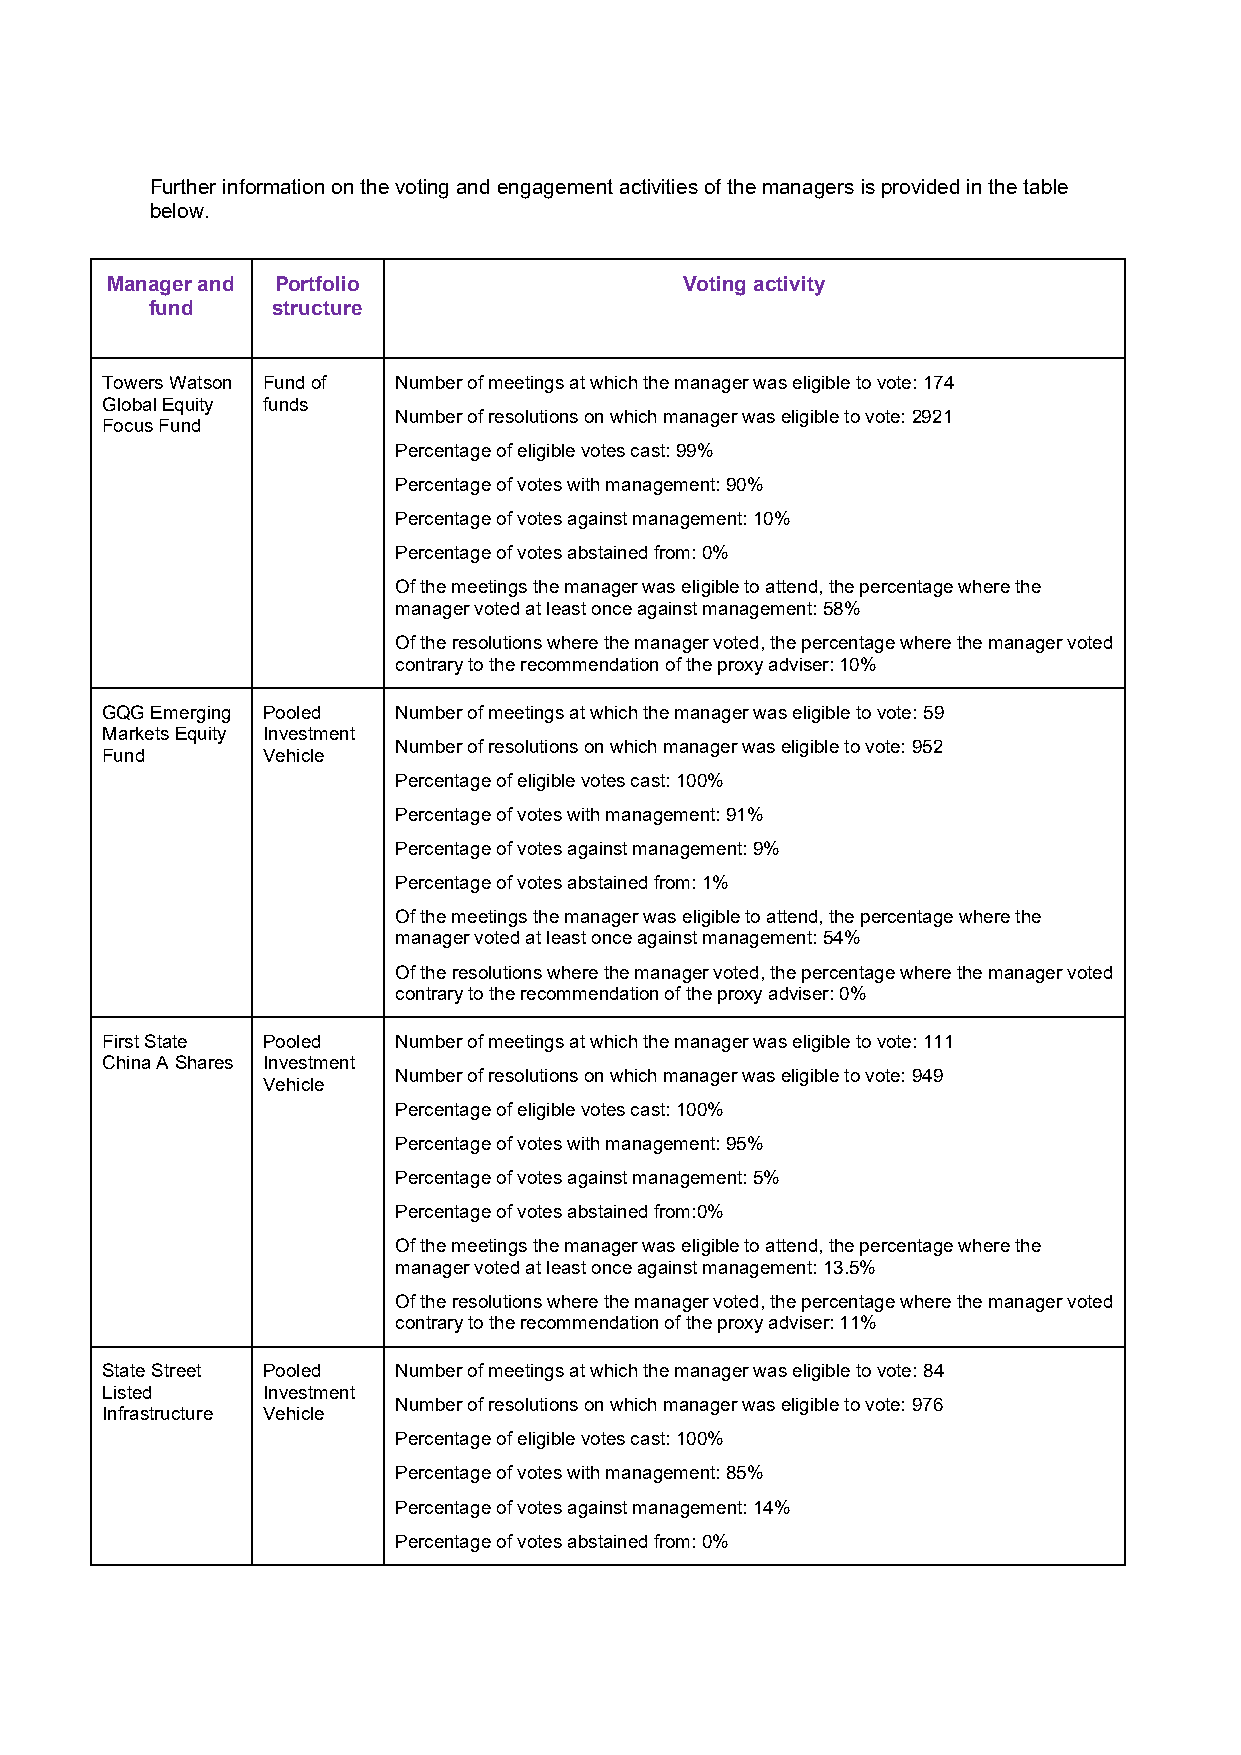
Further information on the voting and engagement activities of the managers is provided in the table
 below.
 Manager and Portfolio                 Voting activity
 fund    structure
 Towers Watson Fund of Number of meetings at which the manager was eligible to vote: 174
 Global Equity funds
 Number of resolutions on which manager was eligible to vote: 2921
 Focus Fund
 Percentage of eligible votes cast: 99%
 Percentage of votes with management: 90%
 Percentage of votes against management: 10%
 Percentage of votes abstained from: 0%
 Of the meetings the manager was eligible to attend, the percentage where the
 manager voted at least once against management: 58%
 Of the resolutions where the manager voted, the percentage where the manager voted
 contrary to the recommendation of the proxy adviser: 10%
 GQG Emerging Pooled Number of meetings at which the manager was eligible to vote: 59
 Markets Equity Investment
 Number of resolutions on which manager was eligible to vote: 952
 Fund      Vehicle
 Percentage of eligible votes cast: 100%
 Percentage of votes with management: 91%
 Percentage of votes against management: 9%
 Percentage of votes abstained from: 1%
 Of the meetings the manager was eligible to attend, the percentage where the
 manager voted at least once against management: 54%
 Of the resolutions where the manager voted, the percentage where the manager voted
 contrary to the recommendation of the proxy adviser: 0%
 First State Pooled Number of meetings at which the manager was eligible to vote: 111
 China A Shares Investment
 Number of resolutions on which manager was eligible to vote: 949
 Vehicle
 Percentage of eligible votes cast: 100%
 Percentage of votes with management: 95%
 Percentage of votes against management: 5%
 Percentage of votes abstained from:0%
 Of the meetings the manager was eligible to attend, the percentage where the
 manager voted at least once against management: 13.5%
 Of the resolutions where the manager voted, the percentage where the manager voted
 contrary to the recommendation of the proxy adviser: 11%
 State Street Pooled Number of meetings at which the manager was eligible to vote: 84
 Listed    Investment
 Number of resolutions on which manager was eligible to vote: 976
 Infrastructure Vehicle
 Percentage of eligible votes cast: 100%
 Percentage of votes with management: 85%
 Percentage of votes against management: 14%
 Percentage of votes abstained from: 0%